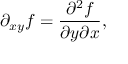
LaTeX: \partial _ { x y } f = { \frac { \partial ^ { 2 } f } { \partial y \partial x } } ,